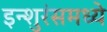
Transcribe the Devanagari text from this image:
इन्शुरंसमध्ये